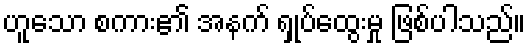
ဟူသော စကား၏ အနက် ရှုပ်ထွေးမှု ဖြစ်ပါသည်။